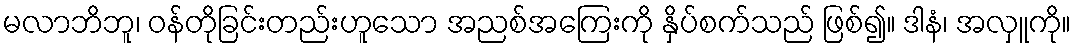
မလာဘိဘူ၊ ဝန်တိုခြင်းတည်းဟူသော အညစ်အကြေးကို နှိပ်စက်သည် ဖြစ်၍။ ဒါနံ၊ အလှူကို။